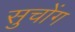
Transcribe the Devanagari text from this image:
सुचोंग